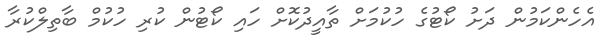
އެހެންކަމުން ދަށު ކޯޓުގެ ހުކުމަށް ތާއީދުކޮށް ހައި ކޯޓުން ކުރި ހުކުމް ބާތިލްކުރާ